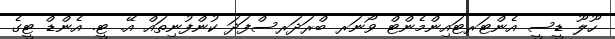
ހޫލޫ ޑީސީ އެންޓަރޓައިންމެންޓް ވޯނަރ ބްރަދަރސްފަދަ ކުންފުނިތައް އޭ. ޓީ. އެންޑް ޓީގެ